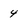
Character: 4